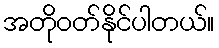
အတိုဝတ်နိုင်ပါတယ်။